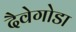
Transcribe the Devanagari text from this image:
दैवेगोडा